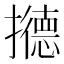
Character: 𰔹